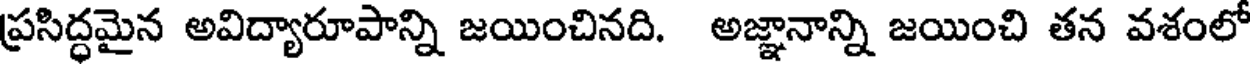
ప్రసిద్ధమైన అవిద్యారూపాన్ని జయించినది. అజ్ఞానాన్ని జయించి తన వశంలో